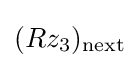
(Rz_{3})_{\text{next}}